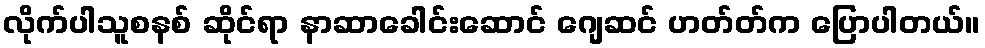
လိုက်ပါသူစနစ် ဆိုင်ရာ နာဆာခေါင်းဆောင် ဂျေဆင် ဟတ်တ်က ပြောပါတယ်။